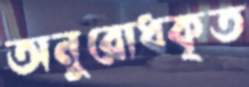
অনুরোধকৃত